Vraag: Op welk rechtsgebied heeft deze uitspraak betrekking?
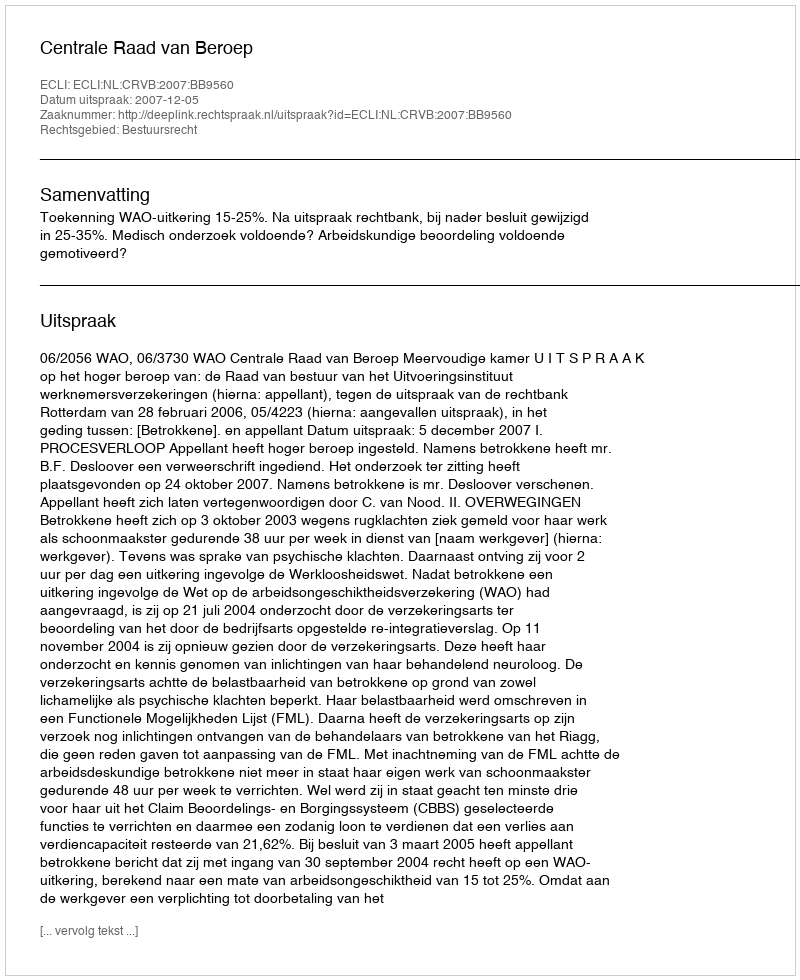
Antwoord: Bestuursrecht